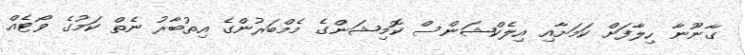
ގާނޫނާ ހިލާފަށް ކަމަށާއި އިލެކްޝަންސް ކޮމިޝަންގެ މެމްބަރުންގެ އިތުބާރު ނެތް ކަމުގެ ވޯޓެއް